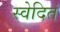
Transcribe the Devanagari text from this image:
स्वेदितं